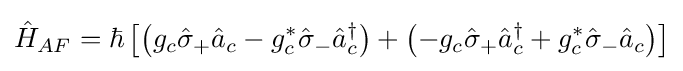
{\hat {H}}_{AF}=\hbar \left[\left(g_{c}{\hat {\sigma }}_{+}{\hat {a}}_{c}-g_{c}^{*}{\hat {\sigma }}_{-}{\hat {a}}_{c}^{\dagger }\right)+\left(-g_{c}{\hat {\sigma }}_{+}{\hat {a}}_{c}^{\dagger }+g_{c}^{*}{\hat {\sigma }}_{-}{\hat {a}}_{c}\right)\right]